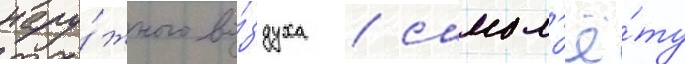
нару́жного во́здуха / самол'ё́ту